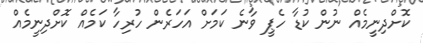
ކޮށްދިނީމެއް ނުން ކުޑާ ހެޕީ ވާނެ ކަމަށް އަހަރެން ހުރިހާ ކަމެއް ކޮށްދިނީމެއް